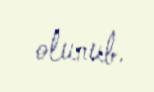
olunub.